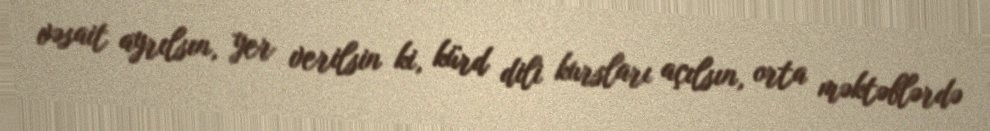
vəsait ayrılsın, yer verilsin ki, kürd dili kursları açılsın, orta məktəblərdə